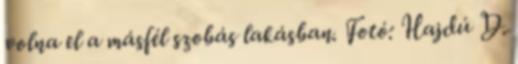
volna el a másfél szobás lakásban. Fotó: Hajdú D.